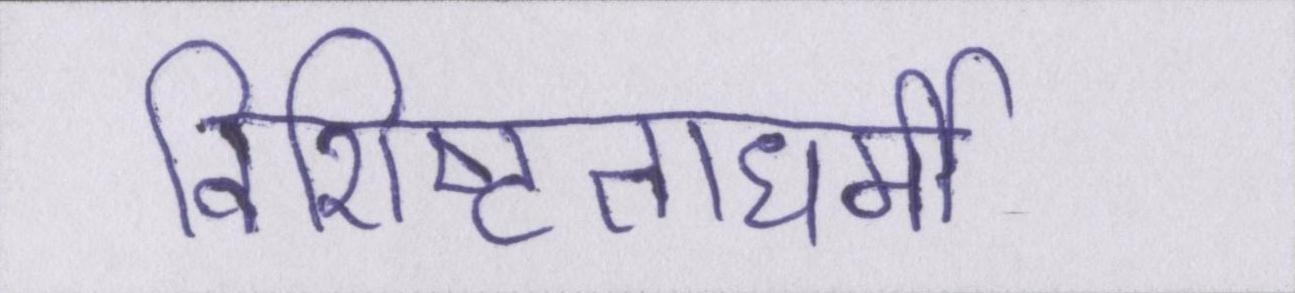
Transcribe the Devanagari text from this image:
विशिष्टताधर्मी